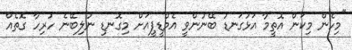
"މިހެން މިކަން އޮތީމާ އަޅުގަނޑު ބޭނުންވީ އެމްޑީޕީއަށް މިގޮނޑި ނުލިބޭނެ ހުރިހާ ގޮތެއް